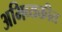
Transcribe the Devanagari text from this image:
अभिव्यक्तीत